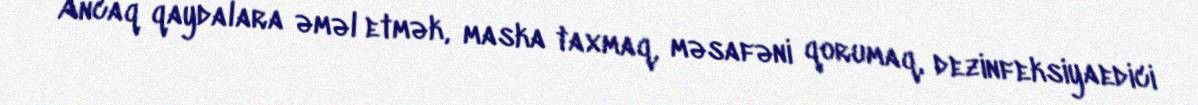
Ancaq qaydalara əməl etmək, maska taxmaq, məsafəni qorumaq, dezinfeksiyaedici